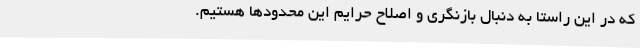
که در این راستا به دنبال بازنگری و اصلاح حرایم این محدودها هستیم.